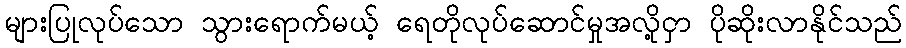
များပြုလုပ်သော သွားရောက်မယ့် ရေတိုလုပ်ဆောင်မှုအလို့ငှာ ပိုဆိုးလာနိုင်သည်